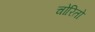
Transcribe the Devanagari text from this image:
चोरितो